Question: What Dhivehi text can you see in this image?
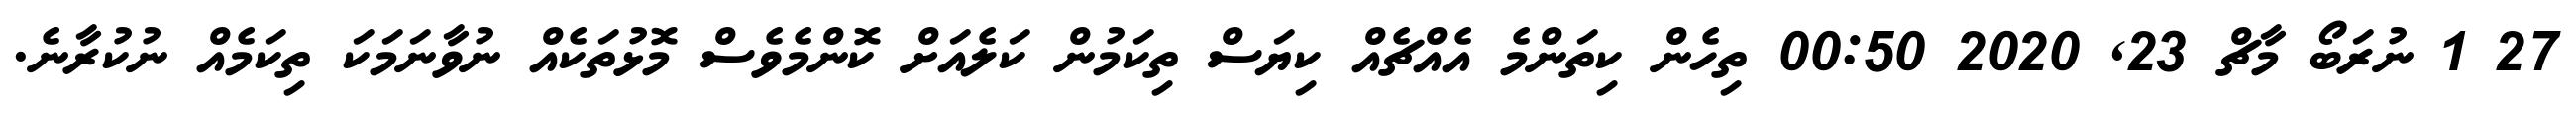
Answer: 27 1 ނުރަބޯ މާޗް 23, 2020 00:50 ތިހެން ކިތަންމެ އެއްޗެއް ކިޔަސް ތިކަމުން ކަލެއަށް ކޮންމެވެސް މޮޅުތަކެއް ނުވާނަމަކަ ތިކަމެއް ނުކުރާނެ.